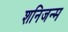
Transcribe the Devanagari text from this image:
शनिजन्म